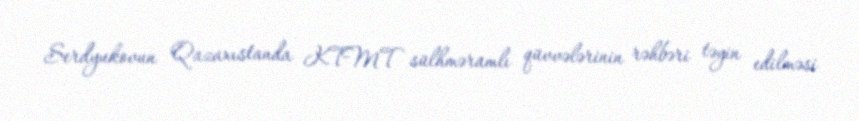
Serdyukovun Qazaxıstanda KTMT sülhməramlı qüvvələrinin rəhbəri təyin edilməsi